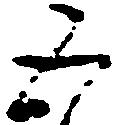
五